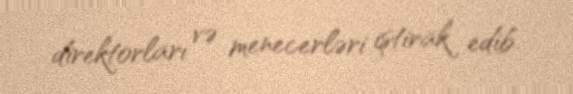
direktorları və menecerləri iştirak edib.